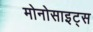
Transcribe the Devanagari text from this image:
मोनोसाइट्स